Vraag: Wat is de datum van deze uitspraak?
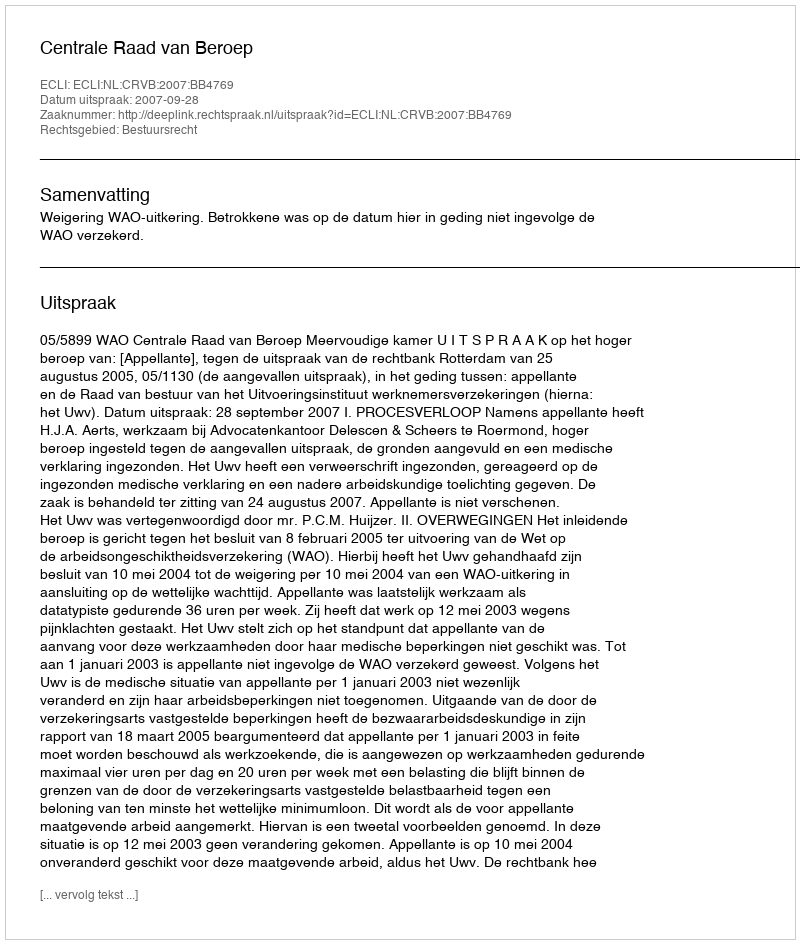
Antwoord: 2007-09-28